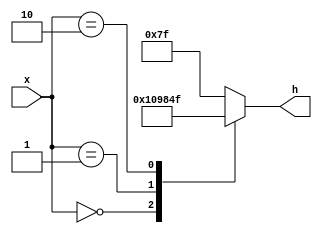
module choose_from_4_symbols(  
	input [1:0] x,
	output reg [0:6] h);
	
	always @(*)
		casex(x)
			4'd0: h=7'b1000010;
			4'd1: h=7'b0110000;
			4'd2: h=7'b1001111;
			default: h=7'b1111111;
		endcase
	
endmodule